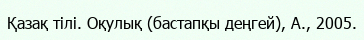
Қазақ тілі. Оқулық (бастапқы деңгей), А., 2005.